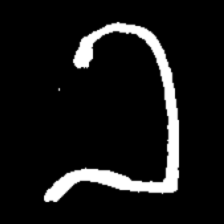
Pyu character \u2014 Myanmar letter: ခ (romanized: kha)